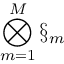
\bigotimes _ { m = 1 } ^ { M } \S _ { m }